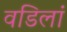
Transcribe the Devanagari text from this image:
वडिलां